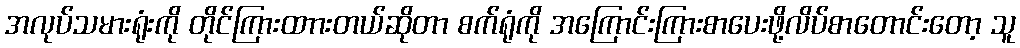
အလုပ်သမားရုံးကို တိုင်ကြားထာားတယ်ဆိုတာ စက်ရုံကို အကြောင်းကြားစာပေးဖို့လိပ်စာတောင်းတော့ သူ